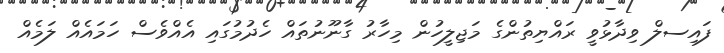
ފައިސލް ވިދާޅުވީ ރައްޔިތުންގެ މަޖިލީހުން މިހާރު ގާނޫނުތައް ހެދުމުގައި އެއްވެސް ހަމައެއް ލަމެއް